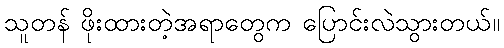
သူတန် ဖိုးထားတဲ့အရာတွေက ပြောင်းလဲသွားတယ်။